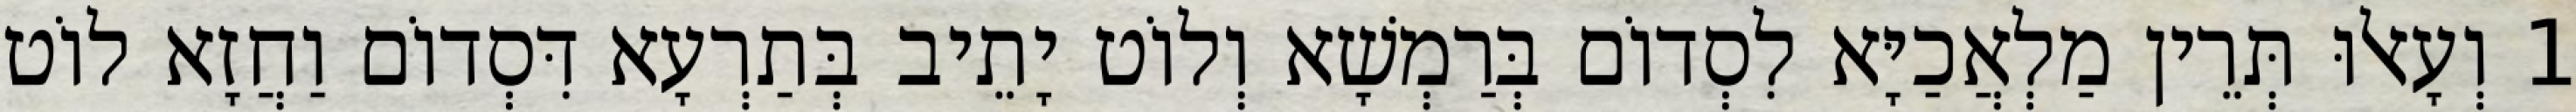
1 וְעָאלוּ תְּרֵין מַלְאֲכַיָּא לִסְדוֹם בְּרַמְשָׁא וְלוֹט יָתֵיב בְּתַרְעָא דִּסְדוֹם וַחֲזָא לוֹט